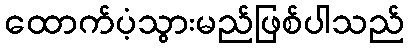
ထောက်ပံ့သွားမည်ဖြစ်ပါသည်